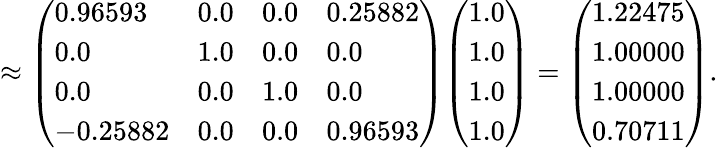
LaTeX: \approx{\left(\begin{array}{llll}{0.96593}&{0.0}&{0.0}&{0.25882}\\ {0.0}&{1.0}&{0.0}&{0.0}\\ {0.0}&{0.0}&{1.0}&{0.0}\\ {-0.25882}&{0.0}&{0.0}&{0.96593}\end{array}\right)}{\left(\begin{array}{l}{1.0}\\ {1.0}\\ {1.0}\\ {1.0}\end{array}\right)}={\left(\begin{array}{l}{1.22475}\\ {1.00000}\\ {1.00000}\\ {0.70711}\end{array}\right)}.